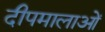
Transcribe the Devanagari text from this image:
दीपमालाओं